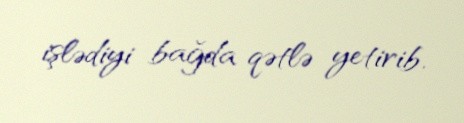
işlədiyi bağda qətlə yetirib.